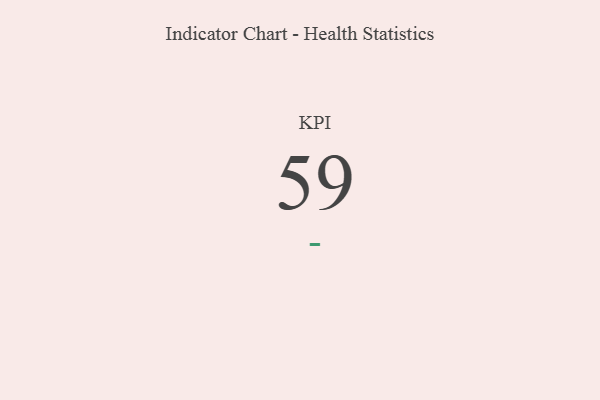
{"axis": {"x": "KPI", "y": "Value"}, "legend": [""], "data": [{"x": "KPI", "y": 59, "type": ""}]}